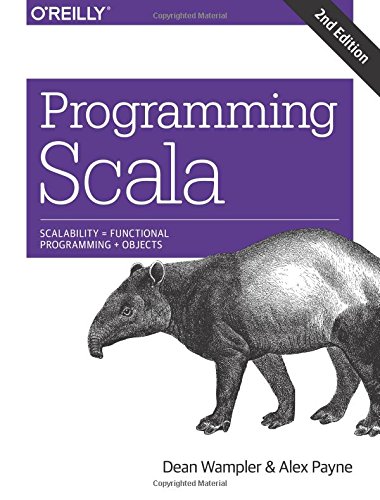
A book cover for Programming Scala: Scalability = Functional Programming + Objects; Dean Wampler; Computers & Technology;